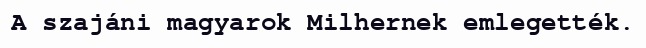
A szajáni magyarok Milhernek emlegették.